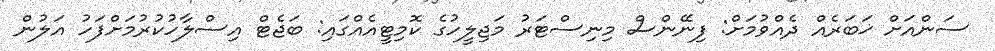
ސަންއަށް ޚަބަރެއް ދެއްވުމަށް: ފިނޭންސް މިނިސްޓަރު މަޖިލީހުގެ ކޮމިޓީއެއްގައި: ބަޖެޓް އިސްލާހުކުރުމަށްފަހު އަލުން